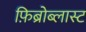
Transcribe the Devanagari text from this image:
फ़िब्रोब्लास्ट